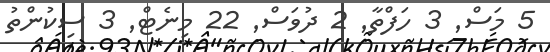
5 މަސް